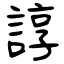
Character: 諄